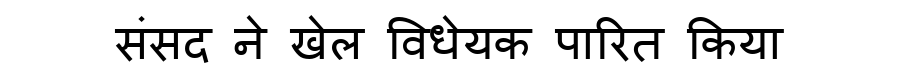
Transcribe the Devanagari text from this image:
संसद ने खेल विधेयक पारित किया